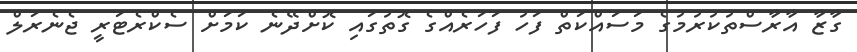
ގާޒާ އާރާސްތުކުރުމުގެ މަސައްކަތް ފަހު ފަހަރެއްގެ ގޮތުގައި ކޮށްދޭނެ ކަމަށް ސެކްރެޓަރީ ޖެނެރަލް